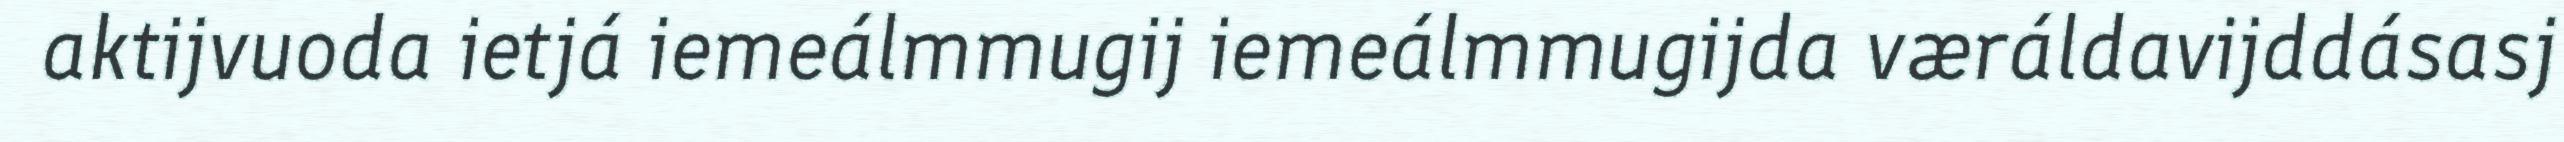
aktijvuoda ietjá iemeálmmugij iemeálmmugijda væráldavijddásasj